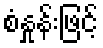
စံနှုန်းဖြင့်